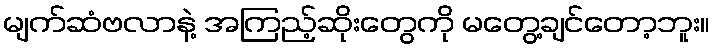
မျက်ဆံဗလာနဲ့ အကြည့်ဆိုးတွေကို မတွေ့ချင်တော့ဘူး။